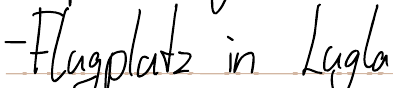
- Flugplatz in Lugla